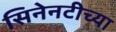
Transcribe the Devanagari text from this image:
सिनेनटीच्या